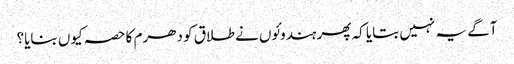
آگے یہ نہیں بتایا کہ پھر ہندوئوں نے طلاق کو دھرم کا حصہ کیوں بنایا؟